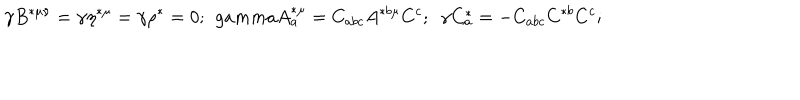
\gamma B ^ { * \mu \nu } = \gamma \eta ^ { * \mu } = \gamma \rho ^ { * } = 0 ; \ \, g a m m a A _ { a } ^ { * \mu } = C _ { a b c } A ^ { * b \mu } C ^ { c } ; \ \ \gamma C _ { a } ^ { * } = - C _ { a b c } C ^ { * b } C ^ { c } ;